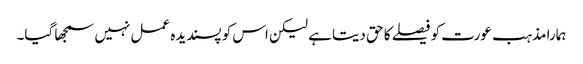
ہمارا مذہب عورت کو فیصلے کا حق دیتا ہے لیکن اس کو پسندیدہ عمل نہیں سمجھا گیا۔